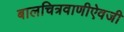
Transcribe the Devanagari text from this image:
बालचित्रवाणीऐवजी